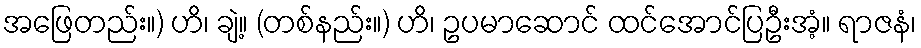
အဖြေတည်း။) ဟိ၊ ချဲ့။ (တစ်နည်း။) ဟိ၊ ဥပမာဆောင် ထင်အောင်ပြဦးအံ့။ ရာဇနံ၊